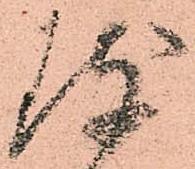
致